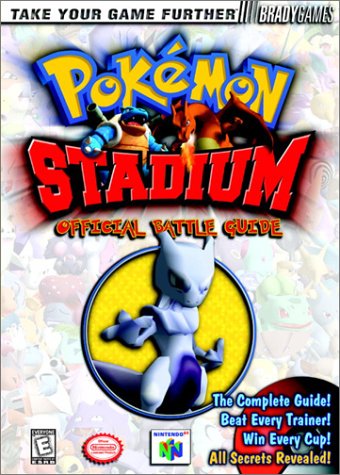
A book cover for POKEMON STADIUM - Official Battle Guide; BradyGames; Computers & Technology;